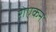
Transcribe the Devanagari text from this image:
रोएकन